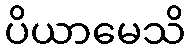
ပိယာမေသိ